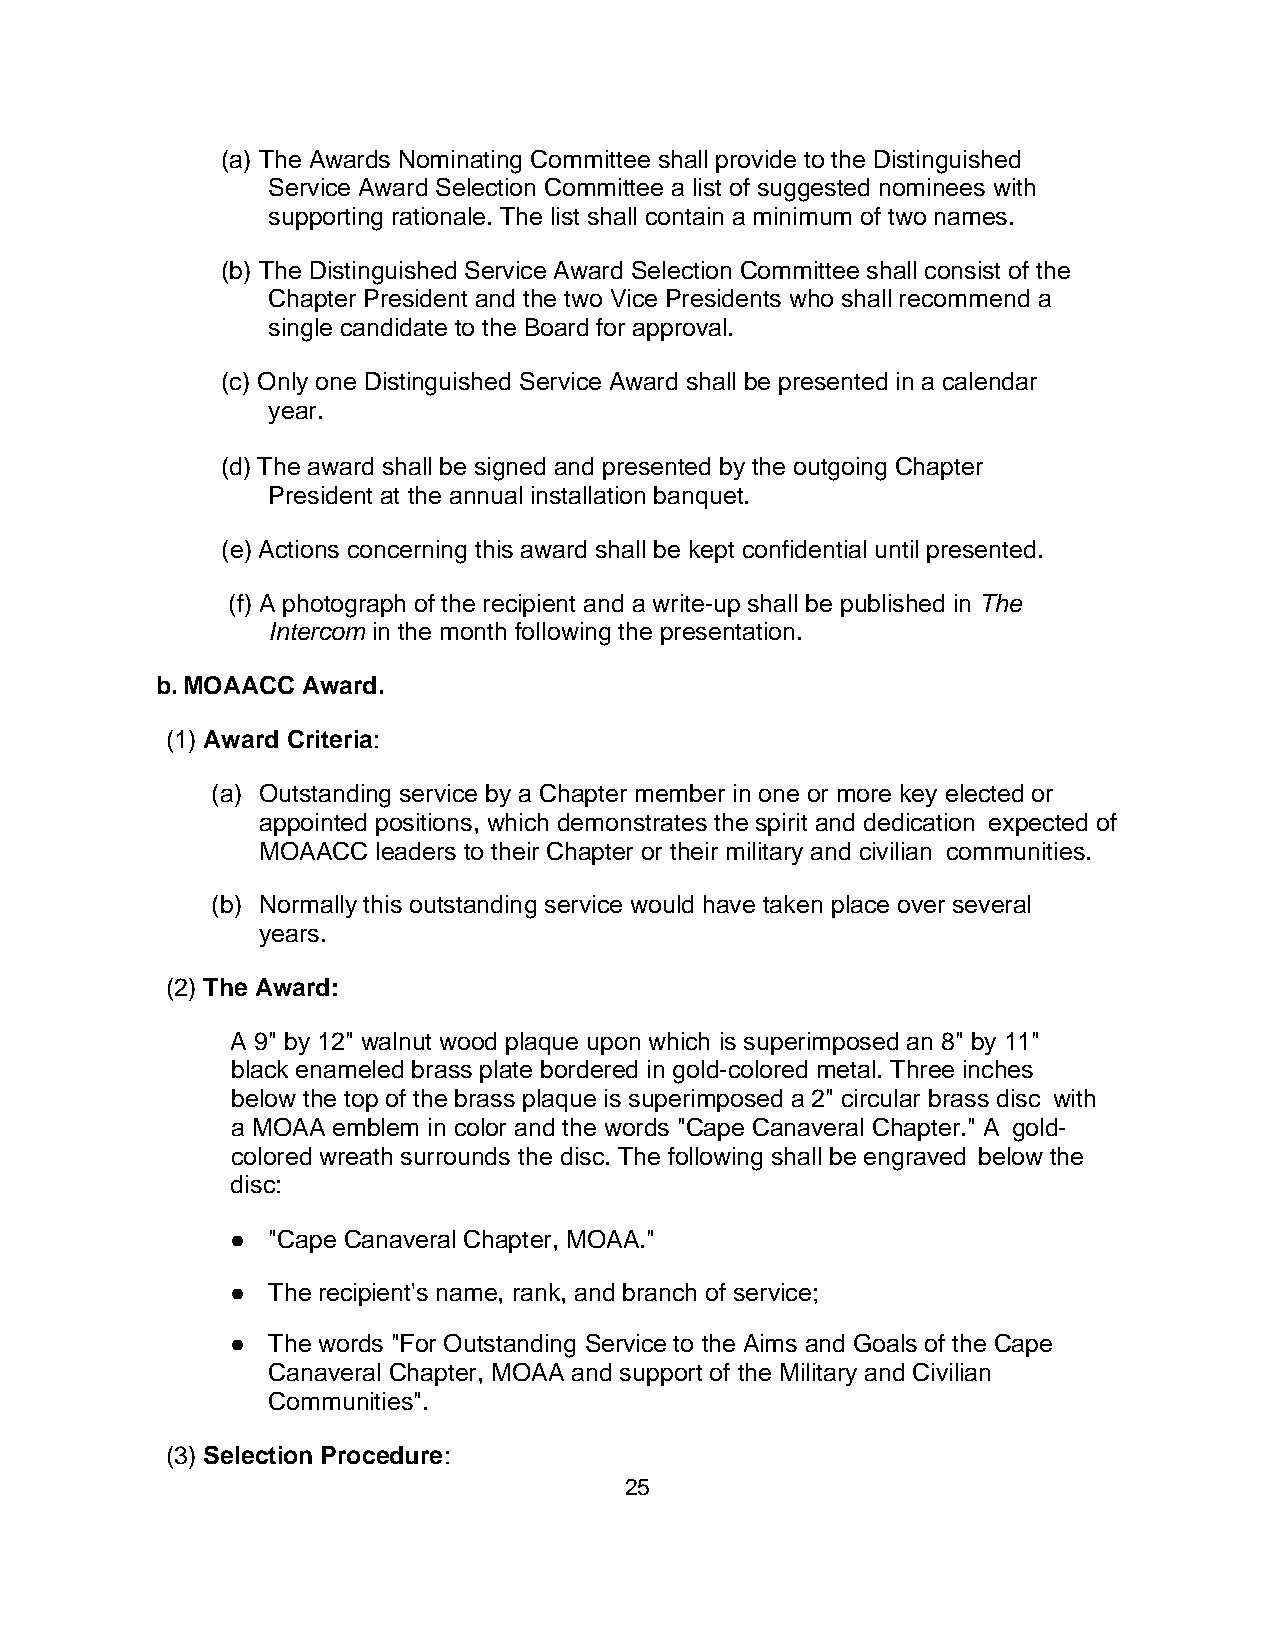
(a) The Awards Nominating Committee shall provide to the Distinguished
 Service Award Selection Committee a list of suggested nominees with
 supporting rationale. The list shall contain a minimum of two names.
 (b) The Distinguished Service Award Selection Committee shall consist of the
 Chapter President and the two Vice Presidents who shall recommend a
 single candidate to the Board for approval.
 (c) Only one Distinguished Service Award shall be presented in a calendar
 year.
 (d) The award shall be signed and presented by the outgoing Chapter
 President at the annual installation banquet.
 (e) Actions concerning this award shall be kept confidential until presented.
 (f) A photograph of the recipient and a write-up shall be published in The
 Intercom in the month following the presentation.
 b. MOAACC Award.
 (1) Award Criteria:
 (a) Outstanding service by a Chapter member in one or more key elected or
 appointed positions, which demonstrates the spirit and dedication expected of
 MOAACC  leaders to their Chapter or their military and civilian communities.
 (b) Normally this outstanding service would have taken place over several
 years.
 (2) The Award:
 A 9" by 12" walnut wood plaque upon which is superimposed an 8" by 11"
 black enameled brass plate bordered in gold-colored metal. Three inches
 below the top of the brass plaque is superimposed a 2" circular brass disc with
 a MOAA emblem in color and the words "Cape Canaveral Chapter." A gold-
 colored wreath surrounds the disc. The following shall be engraved below the
 disc:
 ●  "Cape Canaveral Chapter, MOAA."
 ●  The recipient's name, rank, and branch of service;
 ●  The words "For Outstanding Service to the Aims and Goals of the Cape
 Canaveral Chapter, MOAA and support of the Military and Civilian
 Communities".
 (3) Selection Procedure:
 25